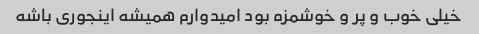
خیلی خوب و پر و خوشمزه بود امیدوارم همیشه اینجوری باشه